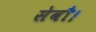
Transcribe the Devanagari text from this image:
सेवाै।